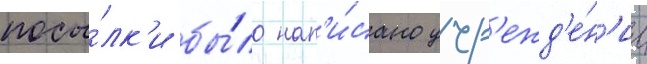
посы́лк'и бы́ло нап'и́сано учр'ежд'е́н'ие